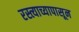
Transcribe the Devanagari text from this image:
रस्त्याच्यापासून